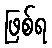
ဖြစ်ရ